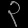
Digit: ၃